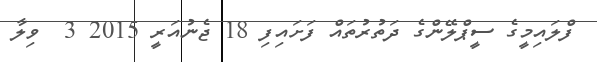
ފްލައިމީގެ ސީޕްލޭންގެ ދަތުރުތައް ފަށައިފި 18 ޖެނުއަރީ 2015 3  ވިލާ